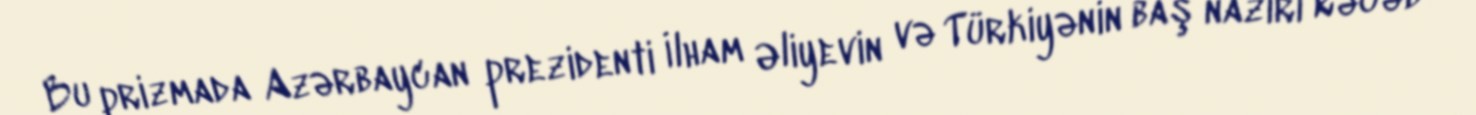
Bu prizmada Azərbaycan prezidenti İlham Əliyevin və Türkiyənin baş naziri Rəcəb